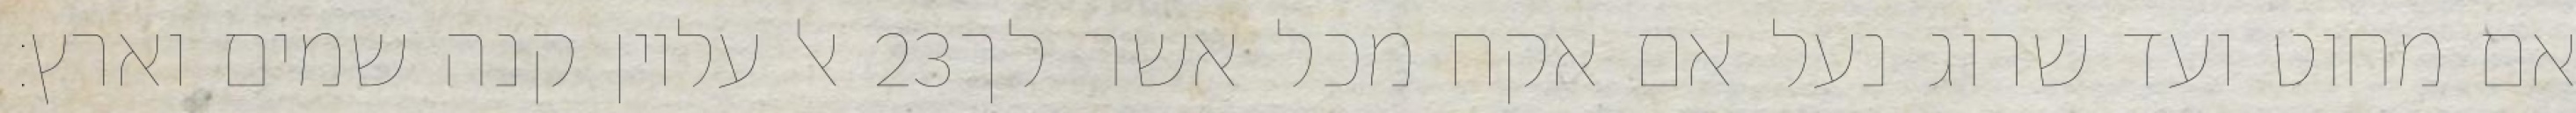
אל עליון קנה שמים וארץ׃ ‎23‏ אם מחוט ועד שרוג נעל אם אקח מכל אשר לך